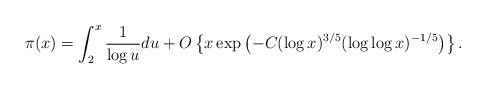
LaTeX: \begin{align*}\pi(x) = \int_{2}^{x} \frac{1}{\log u} du + O \left\{ x \exp \left(-C(\log x)^{3/5} (\log\log x)^{-1/5} \right) \right\}.\end{align*}